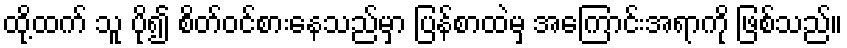
ထို့ထက် သူ ပို၍ စိတ်ဝင်စားနေသည်မှာ ပြန်စာထဲမှ အကြောင်းအရာကို ဖြစ်သည်။